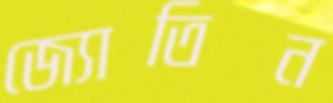
জ্যোতিন